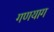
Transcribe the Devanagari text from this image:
गणयाग